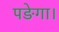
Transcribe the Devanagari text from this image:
पङेगा।